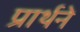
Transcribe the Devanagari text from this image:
प्रार्थने